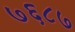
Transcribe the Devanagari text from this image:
७६८७